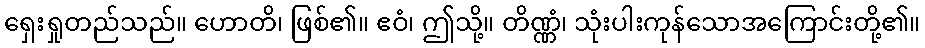
ရှေးရှုတည်သည်။ ဟောတိ၊ ဖြစ်၏။ ဧဝံ၊ ဤသို့။ တိဏ္ဏံ၊ သုံးပါးကုန်သောအကြောင်းတို့၏။